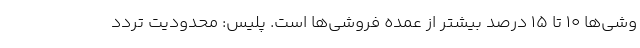
وشی‌ها 10 تا 15 درصد بیشتر از عمده فروشی‌ها است. پلیس: محدودیت تردد